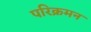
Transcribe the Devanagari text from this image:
परिक्रमन